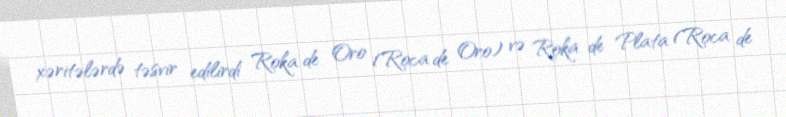
xəritələrdə təsvir edilirdi Roka de Oro (Roca de Oro) və Roka de Plata (Roca de